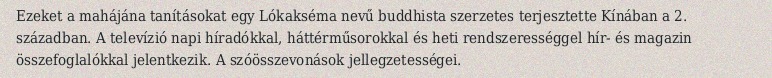
Ezeket a mahájána tanításokat egy Lókakséma nevű buddhista szerzetes terjesztette Kínában a 2. században. A televízió napi híradókkal, háttérműsorokkal és heti rendszerességgel hír- és magazin összefoglalókkal jelentkezik. A szóösszevonások jellegzetességei.